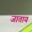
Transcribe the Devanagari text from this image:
जाताय